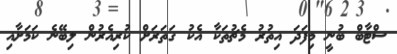
ސްޓާބް ބުނީ މިފަދަ އިތުރު މެޗުތަކާ އެކު ގަތަރަށް ކުރިއެރުން ލިބޭނެ ކަމަށާއި